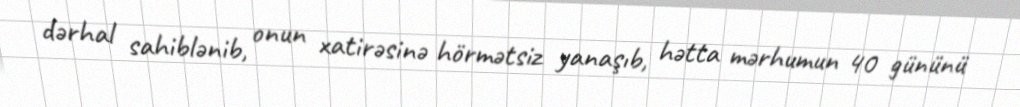
dərhal sahiblənib, onun xatirəsinə hörmətsiz yanaşıb, hətta mərhumun 40 gününü